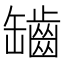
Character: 𦉟